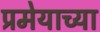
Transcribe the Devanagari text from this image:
प्रमेयाच्या